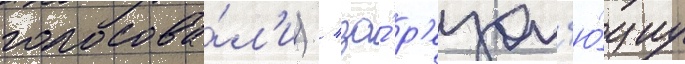
голосова́л'и) / за́ р'езол'ю́циу